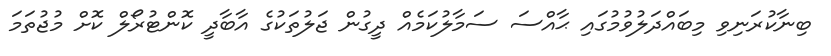
ބިނާކުރަނިވި މިބައްދަލުވުމުގައި ޙާއްސަ ސަމާލުކަމެއް ދީގުން ޖަލުތަކުގެ އާބާދީ ކޮންޓުރޯލް ކޮށް މުޖުތަމަ